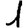
Digit: 1